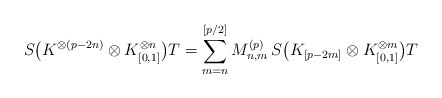
\begin{align*} S \bigl( K^{\otimes(p-2n)} \otimes K_{[0,1]}^{\otimes n} \bigr) T = \sum_{m=n}^{[p/2]} M^{(p)}_{n,m} \, S \bigl( K_{[p-2m]} \otimes K_{[0,1]}^{\otimes m} \bigr) T\end{align*}